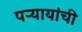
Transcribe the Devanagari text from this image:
पऱ्यायांची